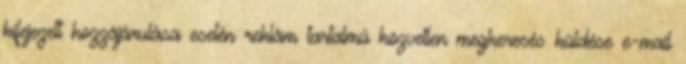
kifejezett hozzájárulása esetén reklám tartalmú közvetlen megkeresés küldése e-mail